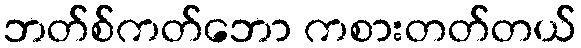
ဘတ်စ်ကတ်ဘော ကစားတတ်တယ်